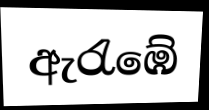
ඇරැඹේ